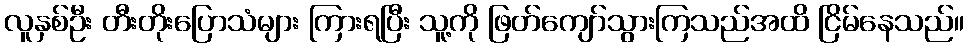
လူနှစ်ဦး တီးတိုးပြောသံများ ကြားရပြီး သူ့ကို ဖြတ်ကျော်သွားကြသည်အထိ ငြိမ်နေသည်။